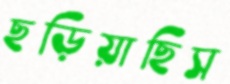
ছড়িয়াছিস